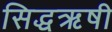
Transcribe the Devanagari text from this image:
सिद्धऋषी